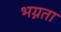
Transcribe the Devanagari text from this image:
भग्नता